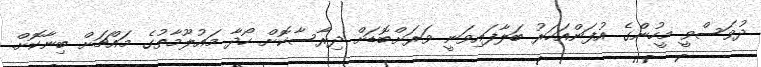
ދުވަސްވީ މީހުންގެ އުފަންއަހަރު ބަލާފައިވަނީ ވަރަށްބޮޑަށް ދިރާސާކޮށް ހޯދާ މައުލޫމާތުގެ މައްޗަށް ބިނާކޮށް.